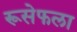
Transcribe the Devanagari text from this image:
रूसेफला